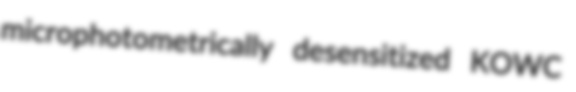
microphotometrically desensitized KOWC